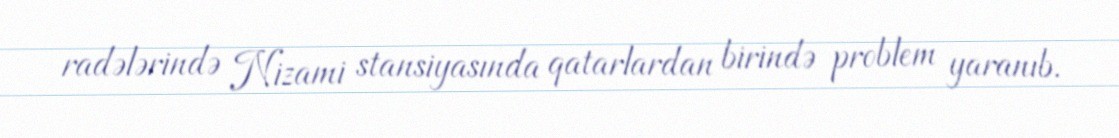
radələrində Nizami stansiyasında qatarlardan birində problem yaranıb.